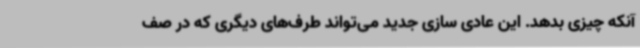
آنکه چیزی بدهد. این عادی سازی جدید می‌تواند طرف‌های دیگری که در صف